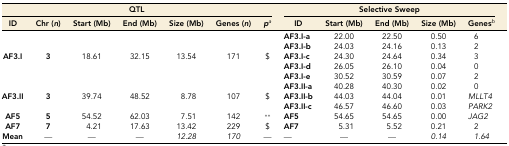
<table><thead><tr><td colspan="7"><b>QTL</b></td><td colspan="5"><b>Selective Sweep</b></td></tr><tr><td><b>ID</b></td><td><b>Chr (<i>n</i>)</b></td><td><b>Start (Mb)</b></td><td><b>End (Mb)</b></td><td><b>Size (Mb)</b></td><td><b>Genes (<i>n</i>)</b></td><td><b><i>p</i><i><sup>a</sup></i></b></td><td><b>ID</b></td><td><b>Start (Mb)</b></td><td><b>End (Mb)</b></td><td><b>Size (Mb)</b></td><td><b>Genes<i><sup>b</sup></i></b></td></tr></thead><tbody><tr><td></td><td></td><td></td><td></td><td></td><td></td><td></td><td><b>AF3.I-a</b></td><td>22.00</td><td>22.50</td><td>0.50</td><td>6</td></tr><tr><td></td><td></td><td></td><td></td><td></td><td></td><td></td><td><b>AF3.I-b</b></td><td>24.03</td><td>24.16</td><td>0.13</td><td>2</td></tr><tr><td><b>AF3.I</b></td><td><b>3</b></td><td>18.61</td><td>32.15</td><td>13.54</td><td>171</td><td>$</td><td><b>AF3.I-c</b></td><td>24.30</td><td>24.64</td><td>0.34</td><td>3</td></tr><tr><td></td><td></td><td></td><td></td><td></td><td></td><td></td><td><b>AF3.I-d</b></td><td>26.05</td><td>26.10</td><td>0.04</td><td>0</td></tr><tr><td></td><td></td><td></td><td></td><td></td><td></td><td></td><td><b>AF3.I-e</b></td><td>30.52</td><td>30.59</td><td>0.07</td><td>2</td></tr><tr><td></td><td></td><td></td><td></td><td></td><td></td><td></td><td><b>AF3.II-a</b></td><td>40.28</td><td>40.30</td><td>0.02</td><td>0</td></tr><tr><td><b>AF3.II</b></td><td><b>3</b></td><td>39.74</td><td>48.52</td><td>8.78</td><td>107</td><td>$</td><td><b>AF3.II-b</b></td><td>44.03</td><td>44.04</td><td>0.01</td><td><i>MLLT4</i></td></tr><tr><td></td><td></td><td></td><td></td><td></td><td></td><td></td><td><b>AF3.II-c</b></td><td>46.57</td><td>46.60</td><td>0.03</td><td><i>PARK2</i></td></tr><tr><td><b>AF5</b></td><td><b>5</b></td><td>54.52</td><td>62.03</td><td>7.51</td><td>142</td><td>**</td><td><b>AF5</b></td><td>54.65</td><td>54.65</td><td>0.00</td><td><i>JAG2</i></td></tr><tr><td><b>AF7</b></td><td><b>7</b></td><td>4.21</td><td>17.63</td><td>13.42</td><td>229</td><td>$</td><td><b>AF7</b></td><td>5.31</td><td>5.52</td><td>0.21</td><td>2</td></tr><tr><td><b>Mean</b></td><td>—</td><td>—</td><td>—</td><td><i>12.28</i></td><td><i>170</i></td><td><i>—</i></td><td><i>—</i></td><td>—</td><td>—</td><td><i>0.14</i></td><td><i>1.64</i></td></tr></tbody></table>